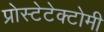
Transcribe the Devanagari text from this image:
प्रोस्टेटेक्टोमी